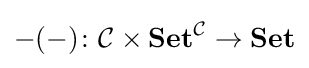
-(-)\colon {\mathcal {C}}\times \mathbf {Set} ^{\mathcal {C}}\to \mathbf {Set}